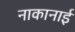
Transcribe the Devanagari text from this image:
नाकानाई